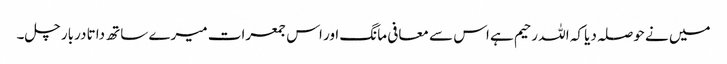
میں نے حوصلہ دیا کہ اللہ رحیم ہے اس سے معافی مانگ اور اس جمعرات میرے ساتھ داتا دربار چل۔